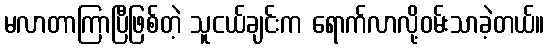
မလာတာကြာပြီဖြစ်တဲ့ သူငယ်ချင်းက ရောက်လာလို့ဝမ်းသာခဲ့တယ်။